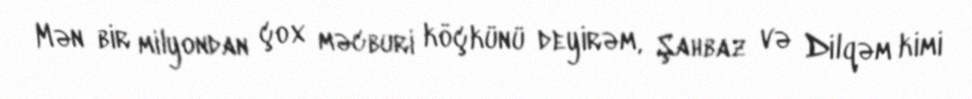
Mən bir milyondan çox məcburi köçkünü deyirəm, Şahbaz və Dilqəm kimi